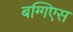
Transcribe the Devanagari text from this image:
बग्गिएस